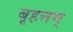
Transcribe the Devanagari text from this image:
बृहत्तम्